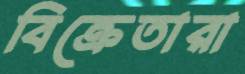
বিক্রেতারা